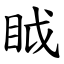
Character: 眓